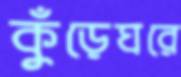
কুঁড়েঘরে